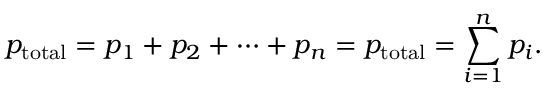
p _ { \mathrm { t o t a l } } = p _ { 1 } + p _ { 2 } + \cdots + p _ { n } = p _ { \mathrm { t o t a l } } = \sum _ { i = 1 } ^ { n } p _ { i } .